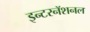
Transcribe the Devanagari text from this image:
इन्टरनॅशनल